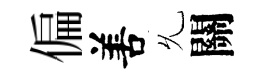
偏𠵊𠃔關